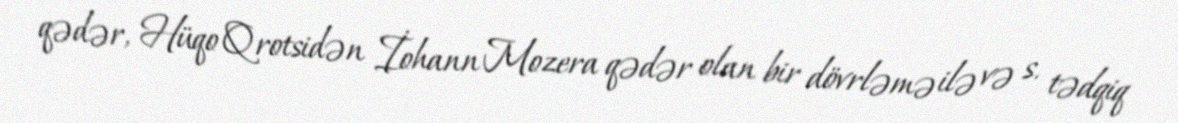
qədər, Hüqo Qrotsidən İohann Mozera qədər olan bir dövrləmə ilə və s. tədqiq